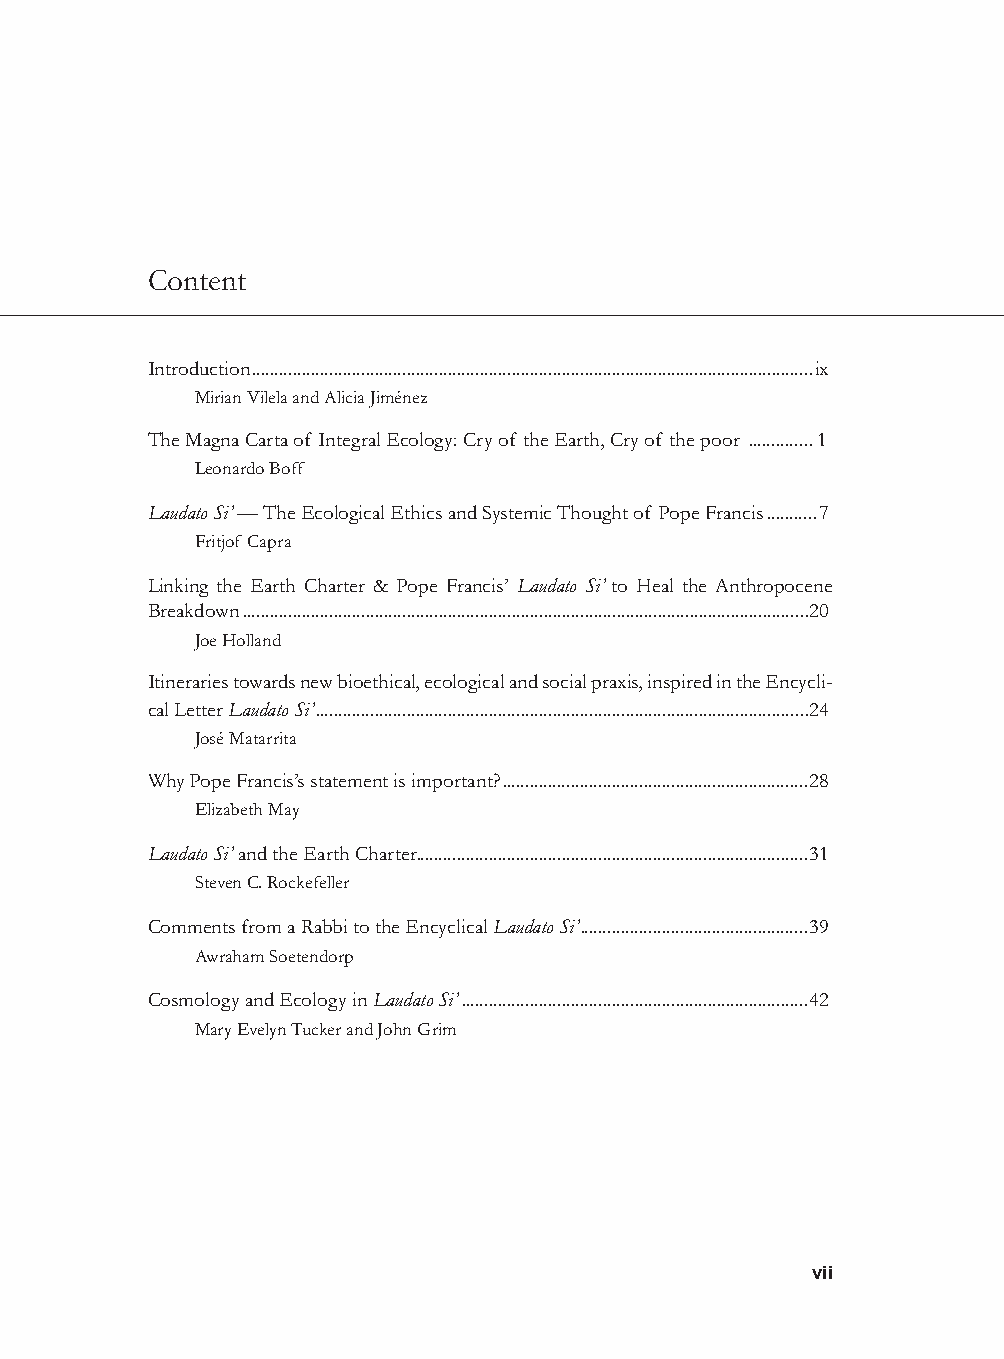
Content
 Introduction ...........................................................................................................................ix
 Mirian Vilela and Alicia Jiménez
 The Magna Carta of Integral Ecology: Cry of the Earth, Cry of the poor ..............1
 Leonardo Boff
 Laudato Si’ — The Ecological Ethics and Systemic Thought of Pope Francis ...........7
 Fritjof Capra
 Linking the Earth Charter & Pope Francis’ Laudato Si’ to Heal the Anthropocene
 Breakdown ............................................................................................................................20
 Joe Holland
 Itineraries towards new bioethical, ecological and social praxis, inspired in the Encycli-
 cal Letter Laudato Si’ ............................................................................................................24
 José Matarrita
 Why Pope Francis’s statement is important? ...................................................................28
 Elizabeth May
 Laudato Si’ and the Earth Charter......................................................................................31
 Steven C. Rockefeller
 Comments from a Rabbi to the Encyclical Laudato Si’ ..................................................39
 Awraham Soetendorp
 Cosmology and Ecology in Laudato Si’ ............................................................................42
 Mary Evelyn Tucker and John Grim
 vii